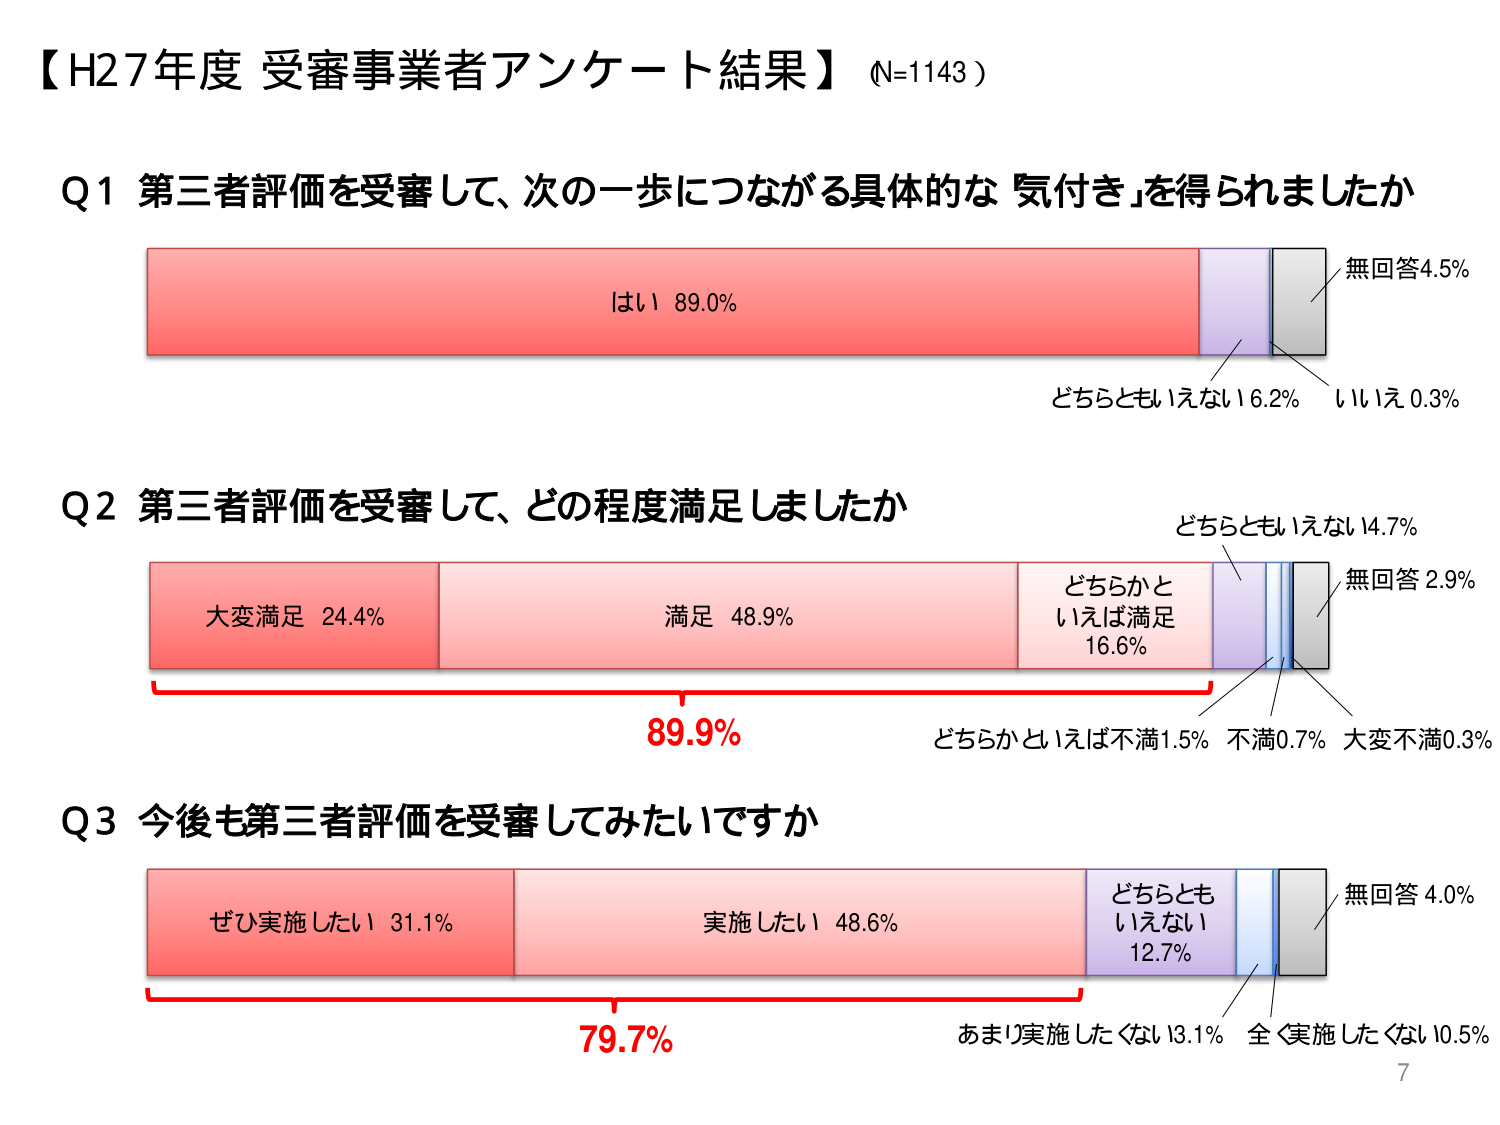
【H27年度 受審事業者アンケート結果】（N=1143）

Q1 第三者評価を受審して、次の一歩につながる具体的な「気付き」を得られましたか
はい 89.0%
どちらともいえない 6.2%
いいえ 0.3%
無回答 4.5%

Q2 第三者評価を受審して、どの程度満足しましたか
大変満足 24.4%
満足 48.9%
どちらかといえば満足 16.6%
どちらかといえば不満 1.5%
不満 0.7%
大変不満 0.3%
どちらともいえない 4.7%
無回答 2.9%
89.9%

Q3 今後も第三者評価を受審してみたいですか
ぜひ実施したい 31.1%
実施したい 48.6%
どちらともいえない 12.7%
あまり実施したくない 13.1%
全く実施したくない 0.5%
無回答 4.0%
79.7%

7